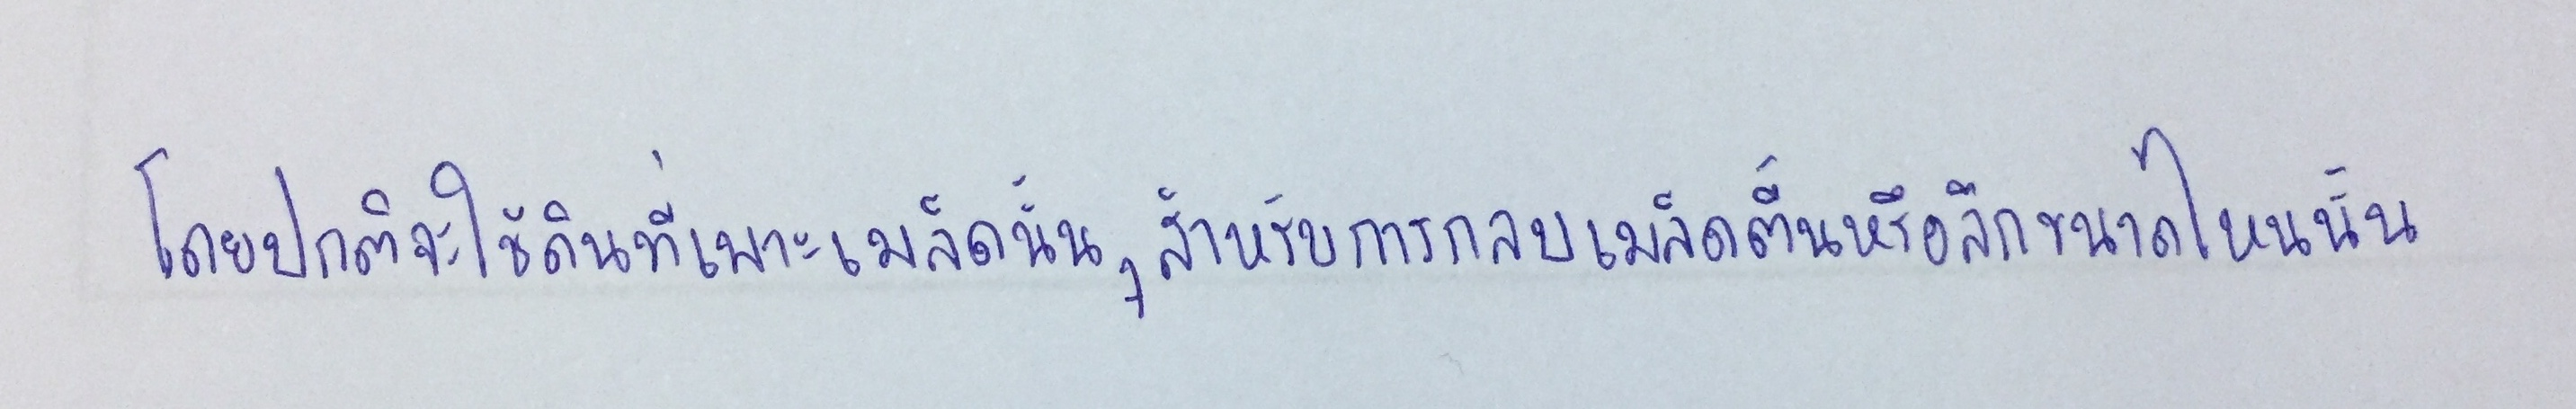
โดยปกติจะใช้ดินที่เพาะเมล็ดนั้นๆสำหรับการกลบเมล็ดตื้นหรือลึกขนาดไหนนั้น